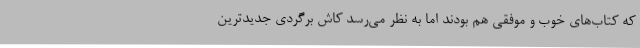
که کتاب‌های خوب و موفقی هم بودند اما به نظر می‌رسد کاش برگردی جدیدترین